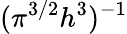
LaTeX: ({\pi^{3/2}}{h^{3}})^{-1}